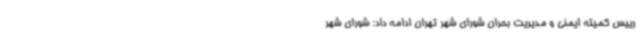
رییس کمیته ایمنی و مدیریت بحران شورای شهر تهران ادامه داد: شورای شهر